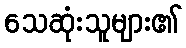
သေဆုံးသူများ၏